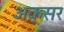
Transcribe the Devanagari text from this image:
अक़्सर